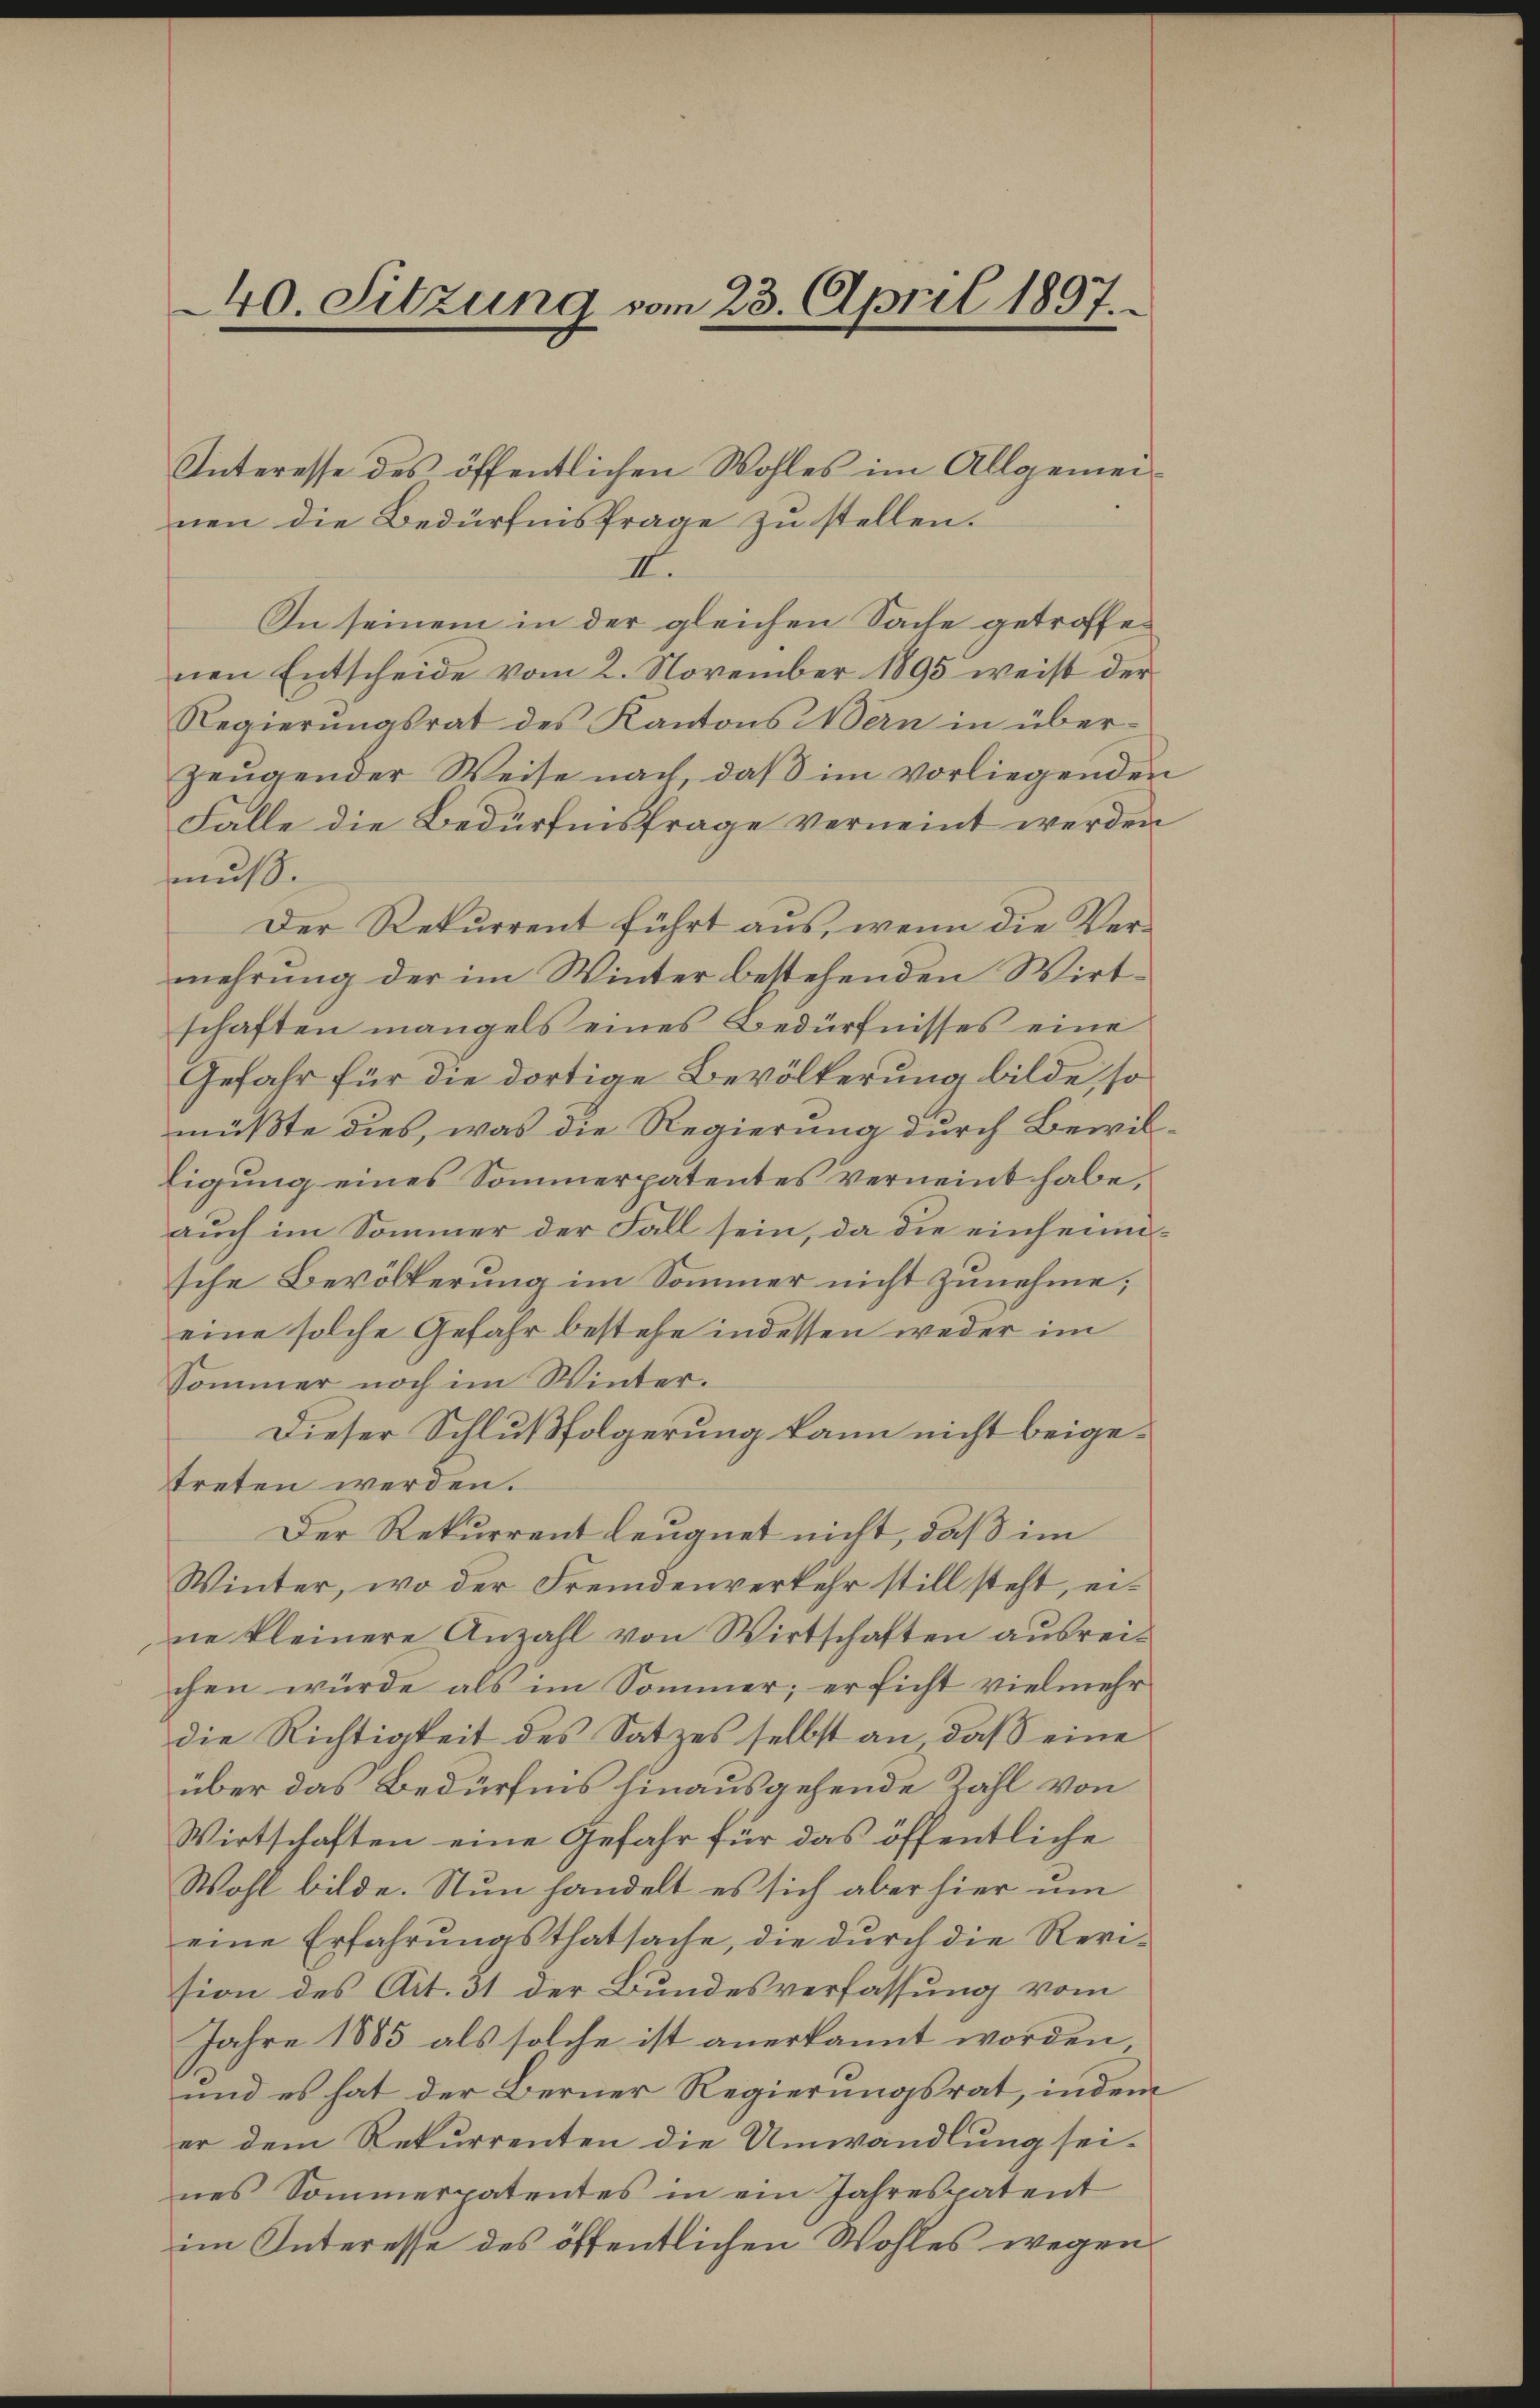
40. Sitzung vom 23. April 1897.

Interesse des öffentlichen Wohles im Allgemeinen die Bedürfnisfrage zu stellen.
I.
In seinem in der gleichen Sache getroffenen Entscheide vom 2. November 1895 weist der
Regierŭngsrat des Kantons Wern in über-
zeŭgender Weise nach, daβ im vorliegenden
Falle die Bedürfnisfrage verneint werden
muß.
Der Rekurrent führt aus, wenn die Vermehrung der im Winter bestehenden Wirtschaften mangels eines Bedürfnisses eine
Gefahr für die dortige Bevölkerung bilde, so
müßte dies, was die Regierung durch Bewil¬
Eigung eines Sommerpatentes verneint habe,
auch im Sommer der Fall sein, da die einheimsche Bevölkerung im Sommer nicht zunehme;
eine solche Gefahr bestehe indessen weder im
Sommer noch im Winter.
Dieser Schlußfolgerung kann nicht beigetreten werden.
Der Rekurrent leugnet nicht, daß im
Winter, wo der Fremdenverkehr still steht, eine kleinere Anzahl von Wirtschaften ausreichen würde als im Sommer; er sicht vielmehr
die Richtigkeit des Satzes selbst an, daß eine
über das Bedürfnis hinausgehende Zahl von
Wirtschaften eine Gefahr für das öffentliche
Wohl bilde. Nun handelt es sich aber hier um
eine Erfahrŭngsthatsache, die dŭrch die Revi-
sion des Art. 31 der Bundesverfassung vom
Jahre 1885 als solche ist anerkannt worden
und es hat der Berner Regierungsrat, indem
er dem Rekurrenten die Umwandlung sei-
nes Sommerpatentes in ein Jahrespatent
im Interesse des öffentlichen Wohles wegen